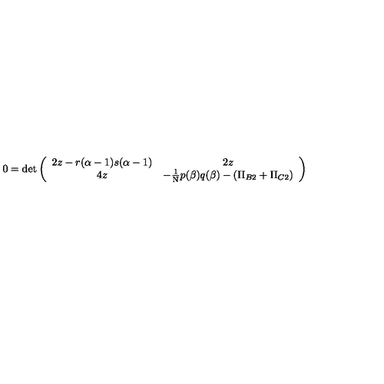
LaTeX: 0 = \det \left( \begin{array} { c c } { 2 z - r ( \alpha - 1 ) s ( \alpha - 1 ) } & { 2 z } \\ { 4 z } & { - { \mathrm { \small { \frac { 1 } { N } } } } p ( \beta ) q ( \beta ) - ( \Pi _ { B 2 } + \Pi _ { C 2 } ) } \\ \end{array} \right)